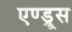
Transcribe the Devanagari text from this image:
एण्ड्रूस